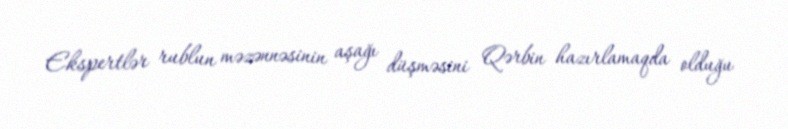
Ekspertlər rublun məzənnəsinin aşağı düşməsini Qərbin hazırlamaqda olduğu